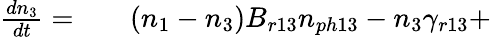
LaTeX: \begin{array}{rlr}{\frac{dn_{3}}{dt}=}&{{}}&{(n_{1}-n_{3})B_{r13}n_{ph13}-n_{3}\gamma_{r13}+}\end{array}